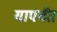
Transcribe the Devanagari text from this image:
यापर्यंत